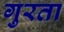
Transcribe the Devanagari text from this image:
गुरता